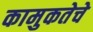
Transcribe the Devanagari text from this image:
कामुकतेचे